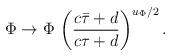
LaTeX: \begin{align*}{\Phi \to \Phi \, \left({c\bar \tau + d \over c\tau +d}\right)^{u_\Phi/2}.}\end{align*}